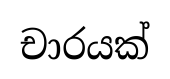
චාරයක්